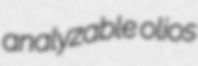
analyzable olios